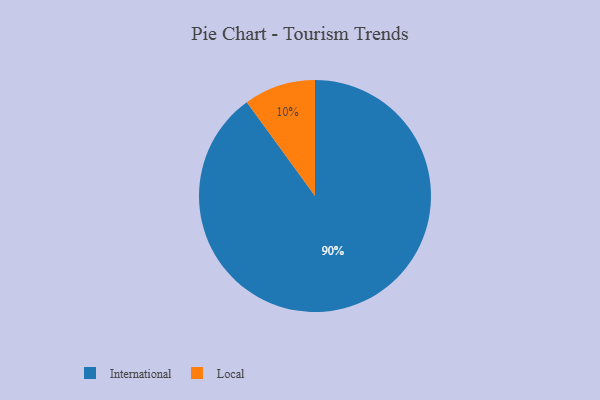
{"axis": {"x": "Category", "y": "Percentage"}, "legend": ["International", "Local"], "data": [{"x": "Local", "y": 10, "type": "Local"}, {"x": "International", "y": 90, "type": "International"}]}